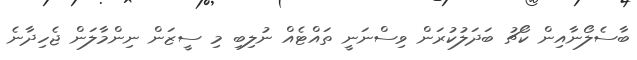
ބާސެލޯނާއިން ކޯޗު ބަދަލުކުރަން ވިސްނަނީ ތައްޓެއް ނުލިބި މި ސީޒަން ނިންމާލަން ޖެހިދާނެ